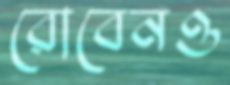
রোবেনও